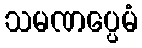
သမဏပ္ပေမံ